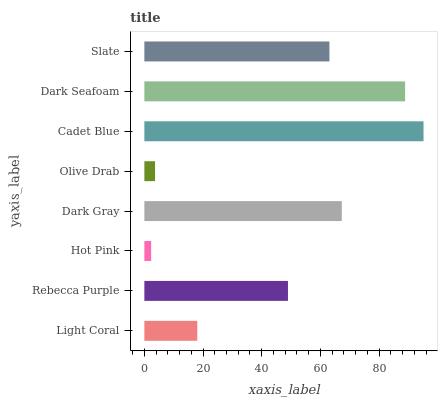
| yaxis_label | bars |
 | --- | --- |
 | Light Coral | 18 |
 | Rebecca Purple | 49 |
 | Hot Pink | 2.32 |
 | Dark Gray | 67.3 |
 | Olive Drab | 3.65 |
 | Cadet Blue | 95.2 |
 | Dark Seafoam | 88.9 |
 | Slate | 63.1 |